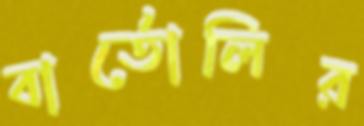
বার্তোলির